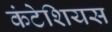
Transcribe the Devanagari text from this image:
कंटेशियस